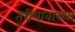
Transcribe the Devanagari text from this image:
तुरीयावास्था